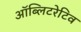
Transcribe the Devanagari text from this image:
ऑब्लिटरेटिव